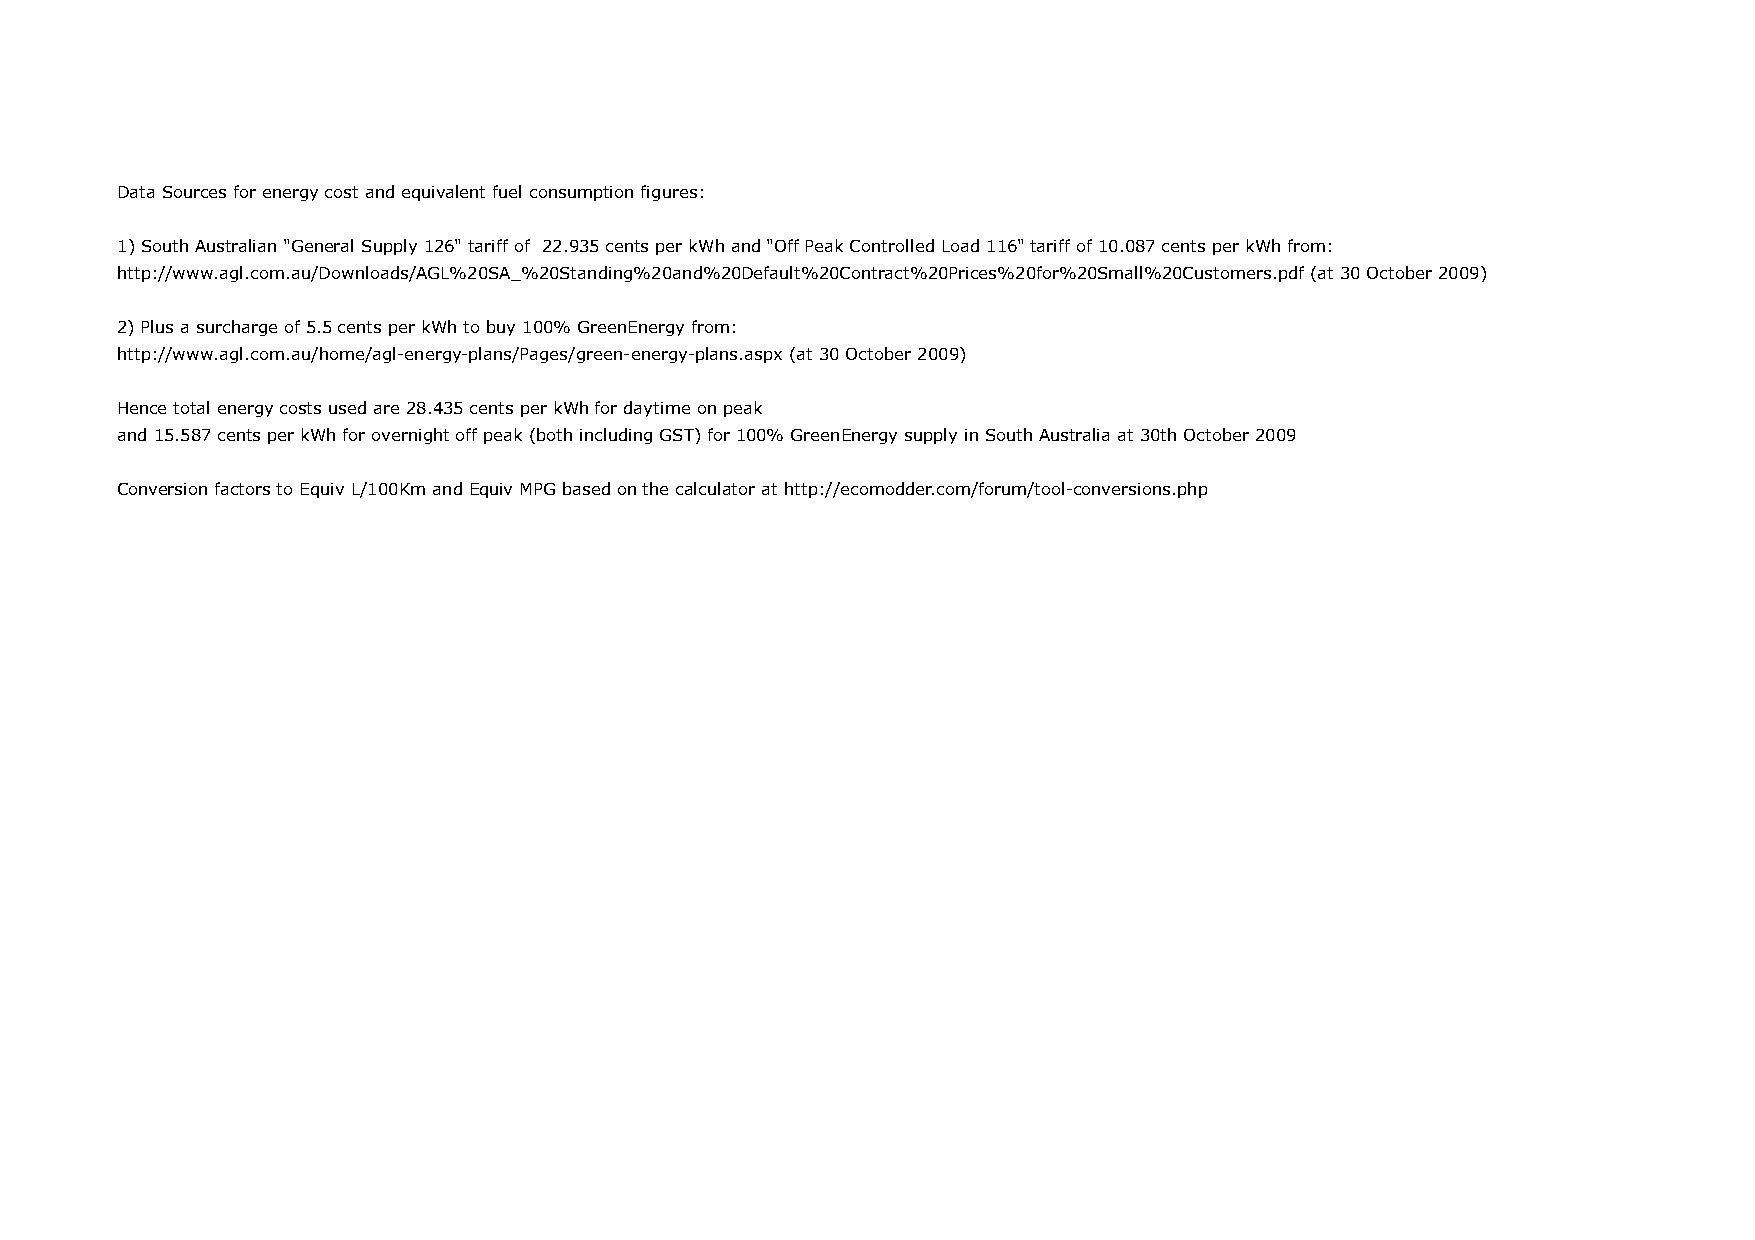
Data Sources for energy cost and equivalent fuel consumption figures:
 1) South Australian "General Supply 126" tariff of 22.935 cents per kWh and "Off Peak Controlled Load 116" tariff of 10.087 cents per kWh from:
 http://www.agl.com.au/Downloads/AGL%20SA_%20Standing%20and%20Default%20Contract%20Prices%20for%20Small%20Customers.pdf (at 30 October 2009)
 2) Plus a surcharge of 5.5 cents per kWh to buy 100% GreenEnergy from:
 http://www.agl.com.au/home/agl-energy-plans/Pages/green-energy-plans.aspx (at 30 October 2009)
 Hence total energy costs used are 28.435 cents per kWh for daytime on peak
 and 15.587 cents per kWh for overnight off peak (both including GST) for 100% GreenEnergy supply in South Australia at 30th October 2009
 Conversion factors to Equiv L/100Km and Equiv MPG based on the calculator at http://ecomodder.com/forum/tool-conversions.php